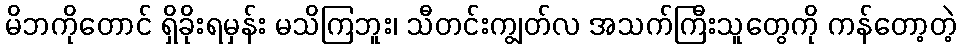
မိဘကိုတောင် ရှိခိုးရမှန်း မသိကြဘူး၊ သီတင်းကျွတ်လ အသက်ကြီးသူတွေကို ကန်တော့တဲ့